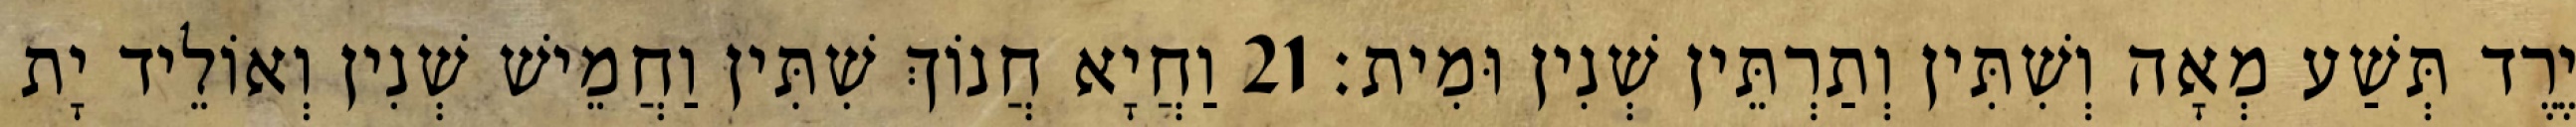
יֶרֶד תְּשַׁע מְאָה וְשִׁתִּין וְתַרְתֵּין שְׁנִין וּמִית׃ 21 וַחֲיָא חֲנוֹךְ שִׁתִּין וַחֲמֵישׁ שְׁנִין וְאוֹלֵיד יָת